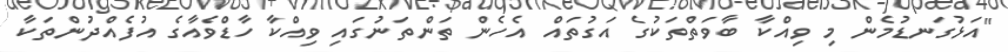
"އަޅުގަނޑުމެން މި ވިއްކާ ބާވަތްތަކުގެ އަގުތައް އެހެން ތަންތަނުގައި ވިއްކާ ހާޑްވެއާގެ އުފެއްދުންތަކާ